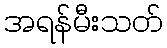
အရန်မီးသတ်